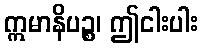
ဣမာနိပဉ္စ၊ ဤငါးပါး